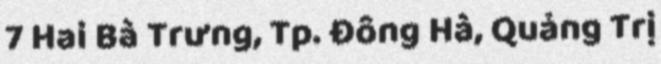
7 Hai Bà Trưng, Tp. Đông Hà, Quảng Trị